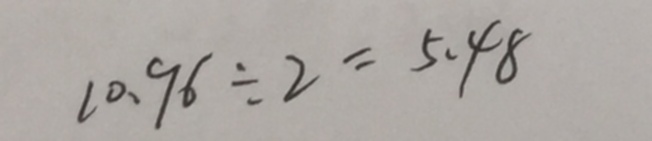
1 0 . 9 6 \div 2 = 5 . 4 8